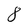
Character: 8